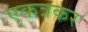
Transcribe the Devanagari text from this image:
एकत्रकर